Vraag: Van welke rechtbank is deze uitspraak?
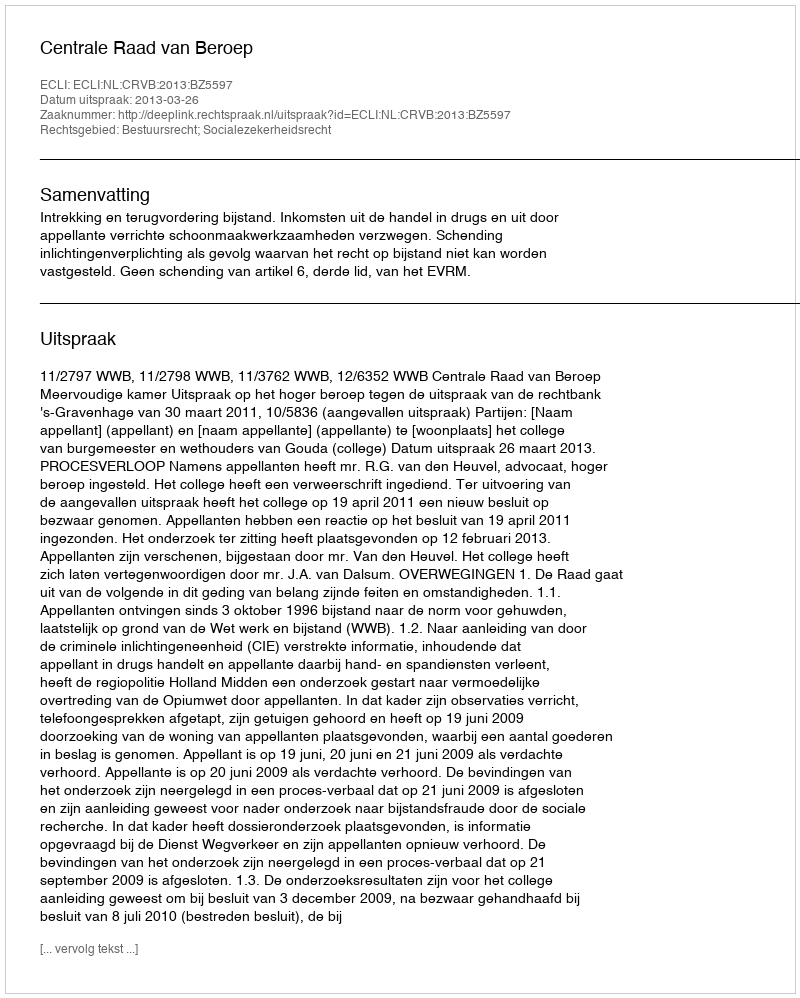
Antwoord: Centrale Raad van Beroep